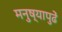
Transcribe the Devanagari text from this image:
मनुष्यापुढें